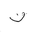
Letter: _fa